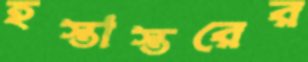
হস্তাস্তরের